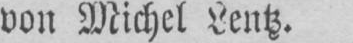
von Michel Lentz.